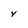
Character: 4